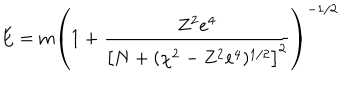
LaTeX: E = \mathrm { m } \left( 1 + \frac { Z ^ { 2 } e ^ { 4 } } { \left[ N + ( \chi ^ { 2 } - Z ^ { 2 } e ^ { 4 } ) ^ { 1 / 2 } \right] ^ { 2 } } \right) ^ { - 1 / 2 }